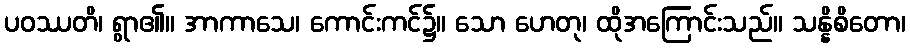
ပဝဿတိ၊ ရွာ၏။ အာကာသေ၊ ကောင်းကင်၌။ သော ဟေတု၊ ထိုအကြောင်းသည်။ သန္နိစိတော၊